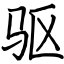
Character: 驱